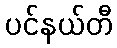
ပင်နယ်တီ